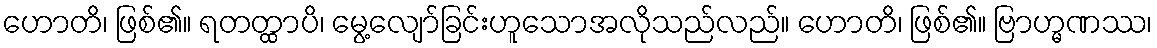
ဟောတိ၊ ဖြစ်၏။ ရတတ္ထာပိ၊ မွေ့လျော်ခြင်းဟူသောအလိုသည်လည်။ ဟောတိ၊ ဖြစ်၏။ ဗြာဟ္မဏဿ၊